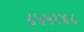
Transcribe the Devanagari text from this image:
८५५१४८